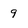
Character: 9